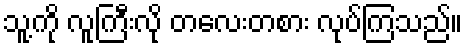
သူ့ကို လူကြီးလို တလေးတစား လုပ်ကြသည်။